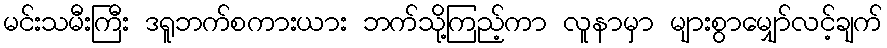
မင်းသမီးကြီး ဒရူဘက်စကားယား ဘက်သို့ကြည့်ကာ လူနာမှာ များစွာမျှော်လင့်ချက်